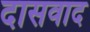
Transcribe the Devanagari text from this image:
दासवाद